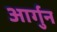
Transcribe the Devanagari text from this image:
आर्गुन